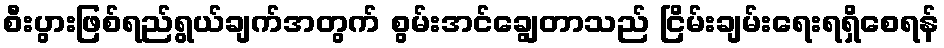
စီးပွားဖြစ်ရည်ရွယ်ချက်အတွက် စွမ်းအင်ချွေတာသည် ငြိမ်းချမ်းရေးရရှိစေရန်